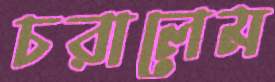
চরালেম